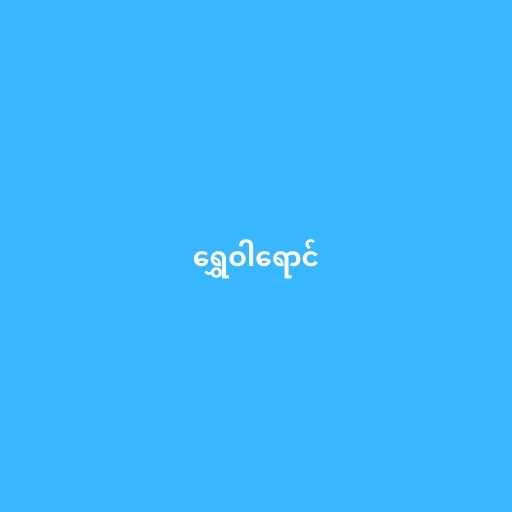
ရွှေဝါရောင်